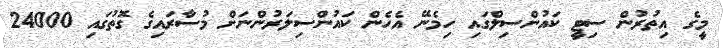
މީގެ އިތުރުން ސިޓީ ކައުންސިލްގައި ހިމެނޭ އެހެން ކައުންސިލަރުންނަށް މުސާރައިގެ ގޮތުގައި 24000